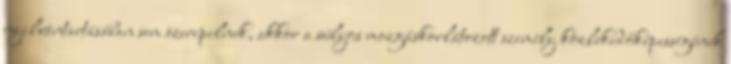
nyilvántartásában sem szerepelnek, akkor a súlyos mozgáskorlátozott személy közlekedőképességének